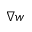
\nabla w